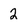
Character: 2